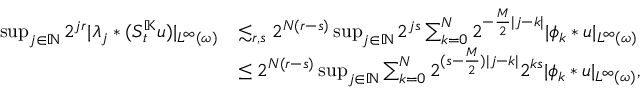
\begin{array} { r l } { \operatorname* { s u p } _ { j \in \mathbb { N } } 2 ^ { j r } | \lambda _ { j } \ast ( S _ { t } ^ { \mathbb { K } } u ) | _ { L ^ { \infty } ( \omega ) } } & { \lesssim _ { r , s } 2 ^ { N ( r - s ) } \operatorname* { s u p } _ { j \in \mathbb { N } } 2 ^ { j s } \sum _ { k = 0 } ^ { N } 2 ^ { - \frac { M } { 2 } | j - k | } | \phi _ { k } \ast u | _ { L ^ { \infty } ( \omega ) } } \\ & { \leq 2 ^ { N ( r - s ) } \operatorname* { s u p } _ { j \in \mathbb { N } } \sum _ { k = 0 } ^ { N } 2 ^ { ( s - \frac { M } { 2 } ) | j - k | } 2 ^ { k s } | \phi _ { k } \ast u | _ { L ^ { \infty } ( \omega ) } , } \end{array}